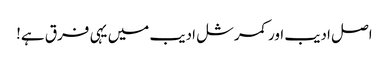
اصل ادیب اور کمرشل ادیب میں یہی فرق ہے!